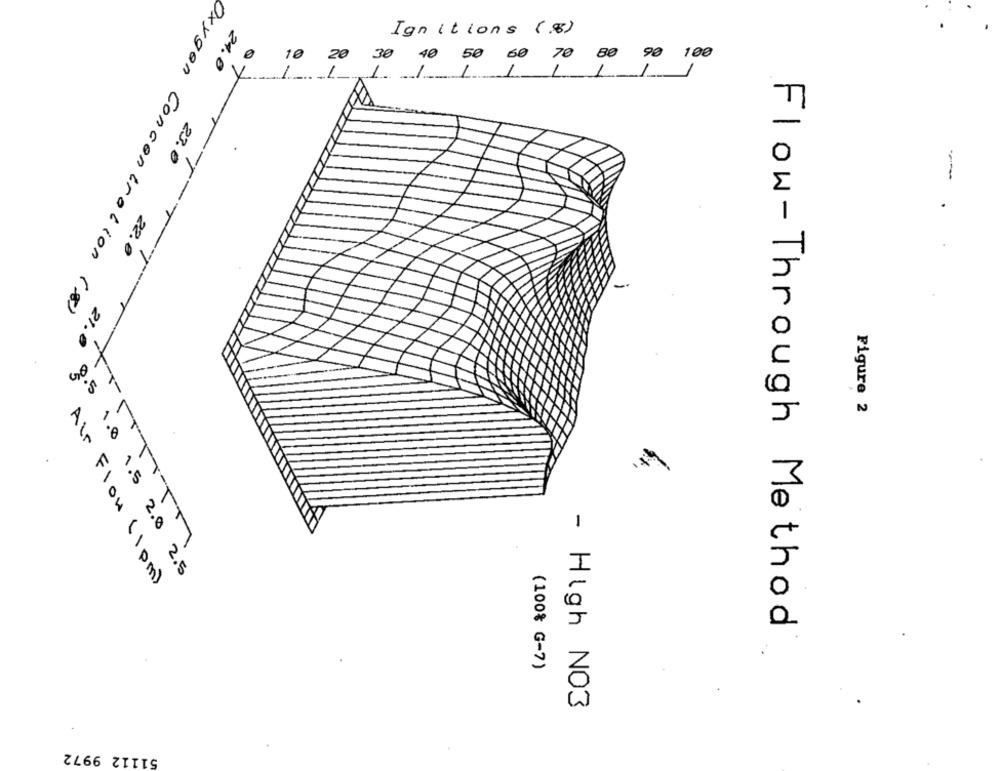
Ignitions ( .. )
10
24.0
20
30 40 50 60 70 80 90 100
V.
1
1 1/
1
23.0
22.0
TTTT-
Oxygen Concentration (8)
21.0
×
0.5
Figure 2
FT
1.0 1.5 2.0 2.5
Air Flow (1 pm)
Flow-Through Method
(100% G-7)
- High NO3
51112 9972